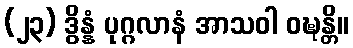
(၂၃) ဒွိန္နံ ပုဂ္ဂလာနံ အာသဝါ ဝဍ္ဎန္တိ။